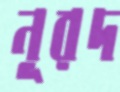
নূরদ